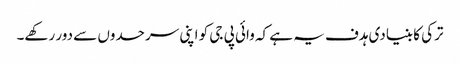
ترکی کا بنیادی ہدف یہ ہے کہ وائی پی جی کو اپنی سرحدوں سے دور رکھے۔